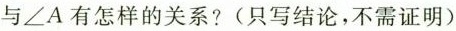
与\angle A有怎样的关系?(只写结论，不需证明)